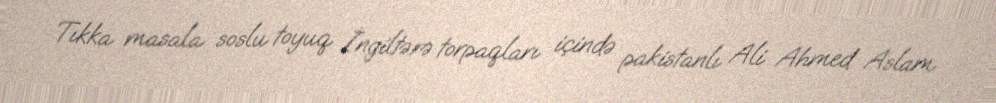
Tıkka masala soslu toyuq İngiltərə torpaqları içində pakistanlı Ali Ahmed Aslam